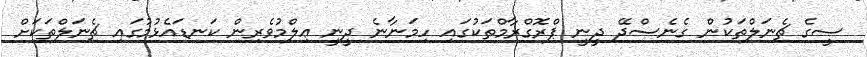
ސީގެ ޗެނަލްތަކުން ގެނެސްދޭ ދީނީ ޕްރޮގްރާމްތަކުގައި ހިމަނާނެ ދީނީ ޢިލްމުވެރިން ކަނޑައެޅުމުގައި ޗެނަލްތަކަށް